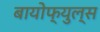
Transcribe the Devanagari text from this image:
बायोफ्युल्स